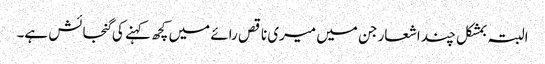
البتہ بمشکل چند اشعار جن میں میری ناقص رائے میں کچھ کہنے کی گنجائش ہے۔